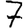
Digit: 7